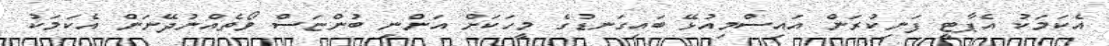
އެކަމަކު އެޕާޓީ ފަނިކުރަން އައިސްމިއުޅޭ ބައިގަނޑުގެ މީހަކަށް އަންނި ބުންޏަސް ވޯތެއްނުދޭނަން އެކަމަކު